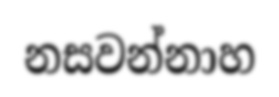
නසවන්නාහ